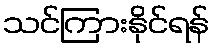
သင်ကြားနိုင်ရန်